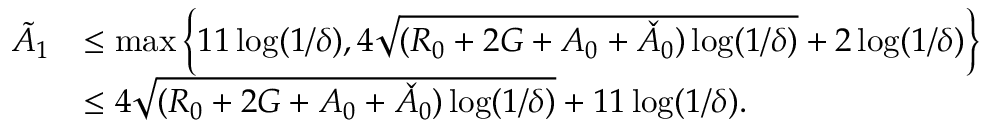
\begin{array} { r l } { \tilde { A } _ { 1 } } & { \le \operatorname* { m a x } \left\{ 1 1 \log ( 1 / \delta ) , 4 \sqrt { ( R _ { 0 } + 2 G + A _ { 0 } + \check { A } _ { 0 } ) \log ( 1 / \delta ) } + 2 \log ( 1 / \delta ) \right\} } \\ & { \le 4 \sqrt { ( R _ { 0 } + 2 G + A _ { 0 } + \check { A } _ { 0 } ) \log ( 1 / \delta ) } + 1 1 \log ( 1 / \delta ) . } \end{array}